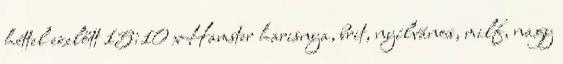
héttel ezelőtt 15:10 xHamster harisnya, brit, nyílvános, milf, nagy